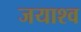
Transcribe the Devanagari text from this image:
जयाश्व